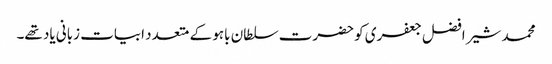
محمد شیر افضل جعفری کو حضرت سلطان باہو کے متعدد ابیات زبانی یاد تھے۔